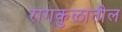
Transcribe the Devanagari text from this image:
रागकुळातील